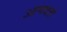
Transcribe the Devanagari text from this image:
आणवतो